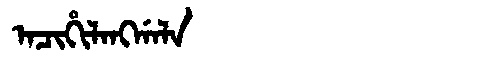
Manchu: ᠠᠴᡳᡥᡳᠯᠠᠩᡤᠠᠯᠠ
Romanization: ACIHILANGGALA